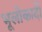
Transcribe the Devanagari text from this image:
भूलोकादी